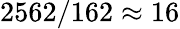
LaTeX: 2562/162\approx 16